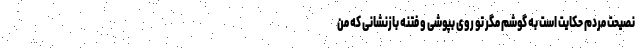
نصیحت مردم حکایت است به گوشم مگر تو روی بپوشی و فتنه بازنشانی که من